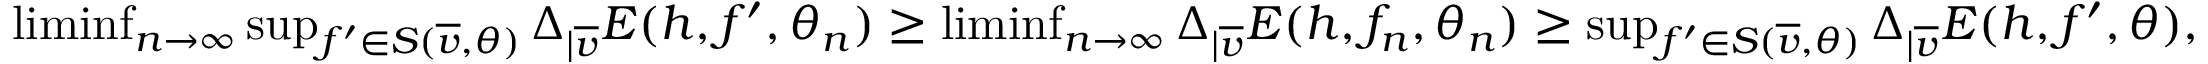
\begin{array} { r } { \operatorname* { l i m i n f } _ { n \rightarrow \infty } \operatorname* { s u p } _ { f ^ { \prime } \in S ( \overline { v } , \theta ) } \Delta _ { | \overline { v } } E ( h , f ^ { \prime } , \theta _ { n } ) \geq \operatorname* { l i m i n f } _ { n \rightarrow \infty } \Delta _ { | \overline { v } } E ( h , f _ { n } , \theta _ { n } ) \geq \operatorname* { s u p } _ { f ^ { \prime } \in S ( \overline { v } , \theta ) } \Delta _ { | \overline { v } } E ( h , f ^ { \prime } , \theta ) , } \end{array}